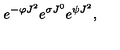
e ^ { - \varphi J ^ { 2 } } e ^ { \sigma J ^ { 0 } } e ^ { \psi J ^ { 2 } } ,